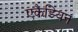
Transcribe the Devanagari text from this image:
एकैडियन